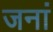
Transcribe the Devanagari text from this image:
जनां